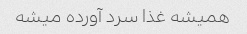
همیشه غذا سرد آورده میشه